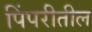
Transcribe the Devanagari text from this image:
पिंपरीतील